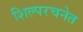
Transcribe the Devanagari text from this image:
शिल्परचनेत